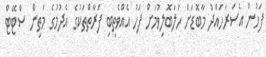
ފަހުން އެސަރަހައްދު މާބޮޑަށް ހަލަބޮލިވުމަށް ފަހު އެއްވެތިބި ފަރާތްތަކުގެ އެދުމުގެ މަތިން ސްޓޭޓް